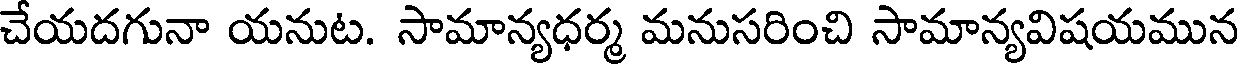
చేయదగునా యనుట. సామాన్యధర్మ మనుసరించి సామాన్యవిషయమున